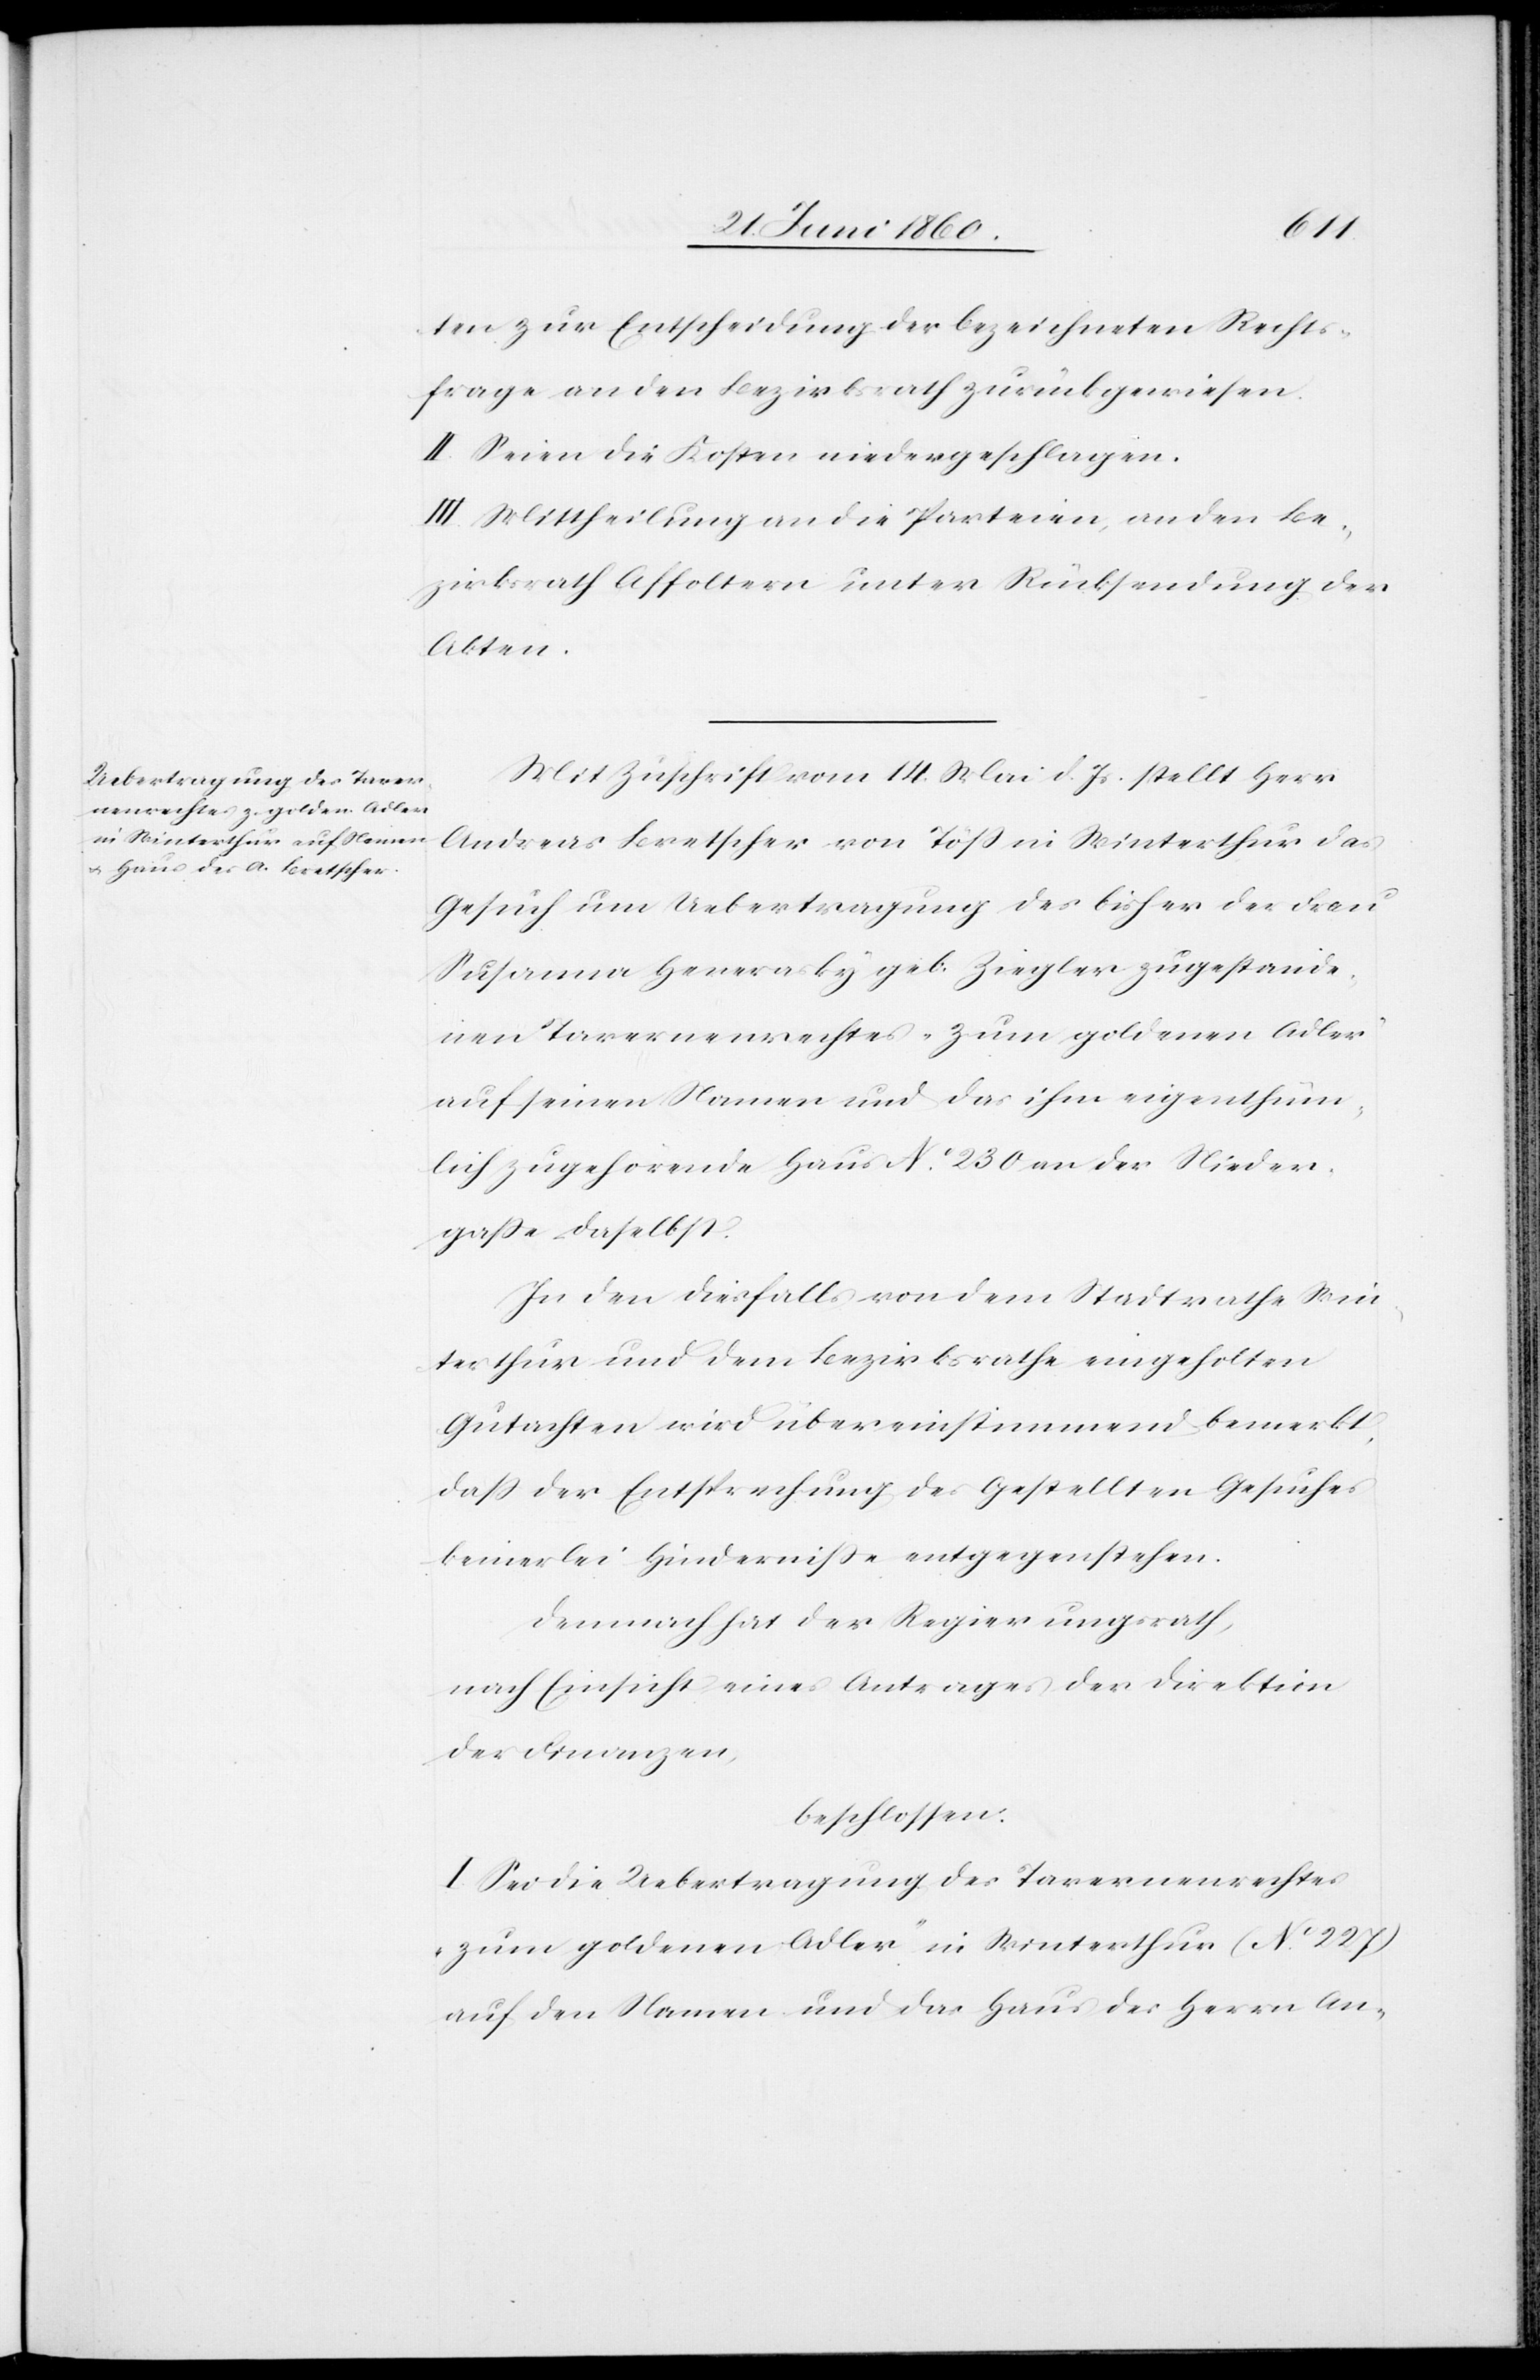
ten zur Entscheidung der bezeichneten Rechts¬
frage an den Bezirksrath zurückgewiesen.
II. Seien die Kosten niedergeschlagen.
III. Mittheilung an die Parteien, an den Be¬
zirksrath Affoltern unter Rücksendung der
Akten.
Mit Zuschrift vom 14. Mai d. Js. stellt Herr
Andreas Bretscher von Töss in Winterthur das
Gesuch um Uebertragung des bisher der Frau
Susanna Herasky geb. Ziegler zugestande¬
nen Tavernenrechtes „Zum goldenen Adler“
auf seinen Namen und das ihm eigenthüm¬
lich zugehörende Haus No 230 an der Nieder¬
gasse daselbst.
In den diesfalls von dem Stadtrathe Win¬
terthur und dem Bezirksrathe eingeholten
Gutachten wird übereinstimmend bemerkt,
dass der Entsprechung des gestellten Gesuches
keinerlei Hindernisse entgegenstehen.
Demnach hat der Regierungsrath,
nach Einsicht eines Antrages der Direktion
der Finanzen,
beschlossen:
I. Sei die Uebertragung des Tavernenrechtes
„zum Goldenen Adler“ in Winterthur (No 227)
auf den Namen und das Haus des Herrn An-